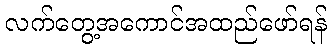
လက်တွေ့အကောင်အထည်ဖော်ရန်